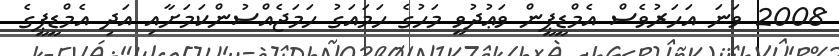
2008 ވަނަ އަހަރުވެސް އެމްޑީޕީން ވަޢުދުވީ މަހުގެ ހަމައަގު ހަމަޖެއްސުންކަމަށާއި އަދި އެމްޑީޕީގެ